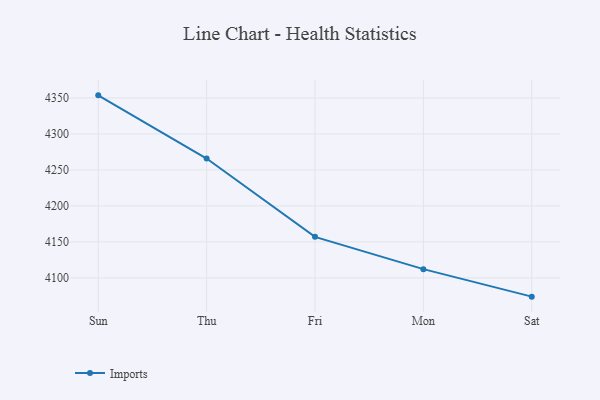
{"axis": {"x": "Day", "y": "Demand Index"}, "legend": ["Imports"], "data": [{"x": "Sun", "y": 4353.6, "type": "Imports"}, {"x": "Thu", "y": 4265.8, "type": "Imports"}, {"x": "Fri", "y": 4157.0, "type": "Imports"}, {"x": "Mon", "y": 4112.1, "type": "Imports"}, {"x": "Sat", "y": 4073.9, "type": "Imports"}]}